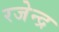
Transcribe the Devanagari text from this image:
रजेन्द्र